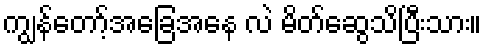
ကျွန်တော့်အခြေအနေ လဲ မိတ်ဆွေသိပြီးသား။